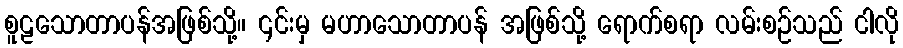
စူဠသောတာပန်အဖြစ်သို့။ ၎င်းမှ မဟာသောတာပန် အဖြစ်သို့ ရောက်စရာ လမ်းစဉ်သည် ငါလို